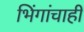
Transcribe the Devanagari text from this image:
भिंगांचाही